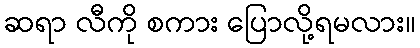
ဆရာ လီကို စကား ပြောလို့ရမလား။